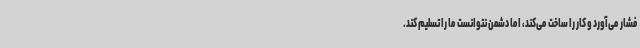
فشار می‌آورد و کار را ساخت می‌کند، اما دشمن نتوانست ما را تسلیم کند.